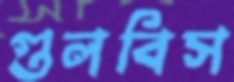
গুলবিস